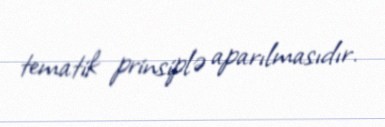
tematik prinsiplə aparılmasıdır.